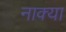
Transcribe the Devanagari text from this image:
नाक्या